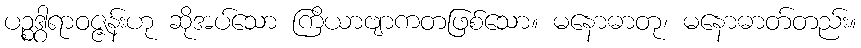
ပဉ္စဒွါရာဝဇ္ဇန်းဟု ဆိုအပ်သော ကြိယာဗျာကတဖြစ်သော။ မနောဓာတု၊ မနောဓာတ်တည်း။